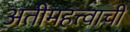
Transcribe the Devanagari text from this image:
अतीमहत्त्वाची